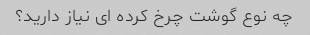
چه نوع گوشت چرخ کرده ای نیاز دارید؟